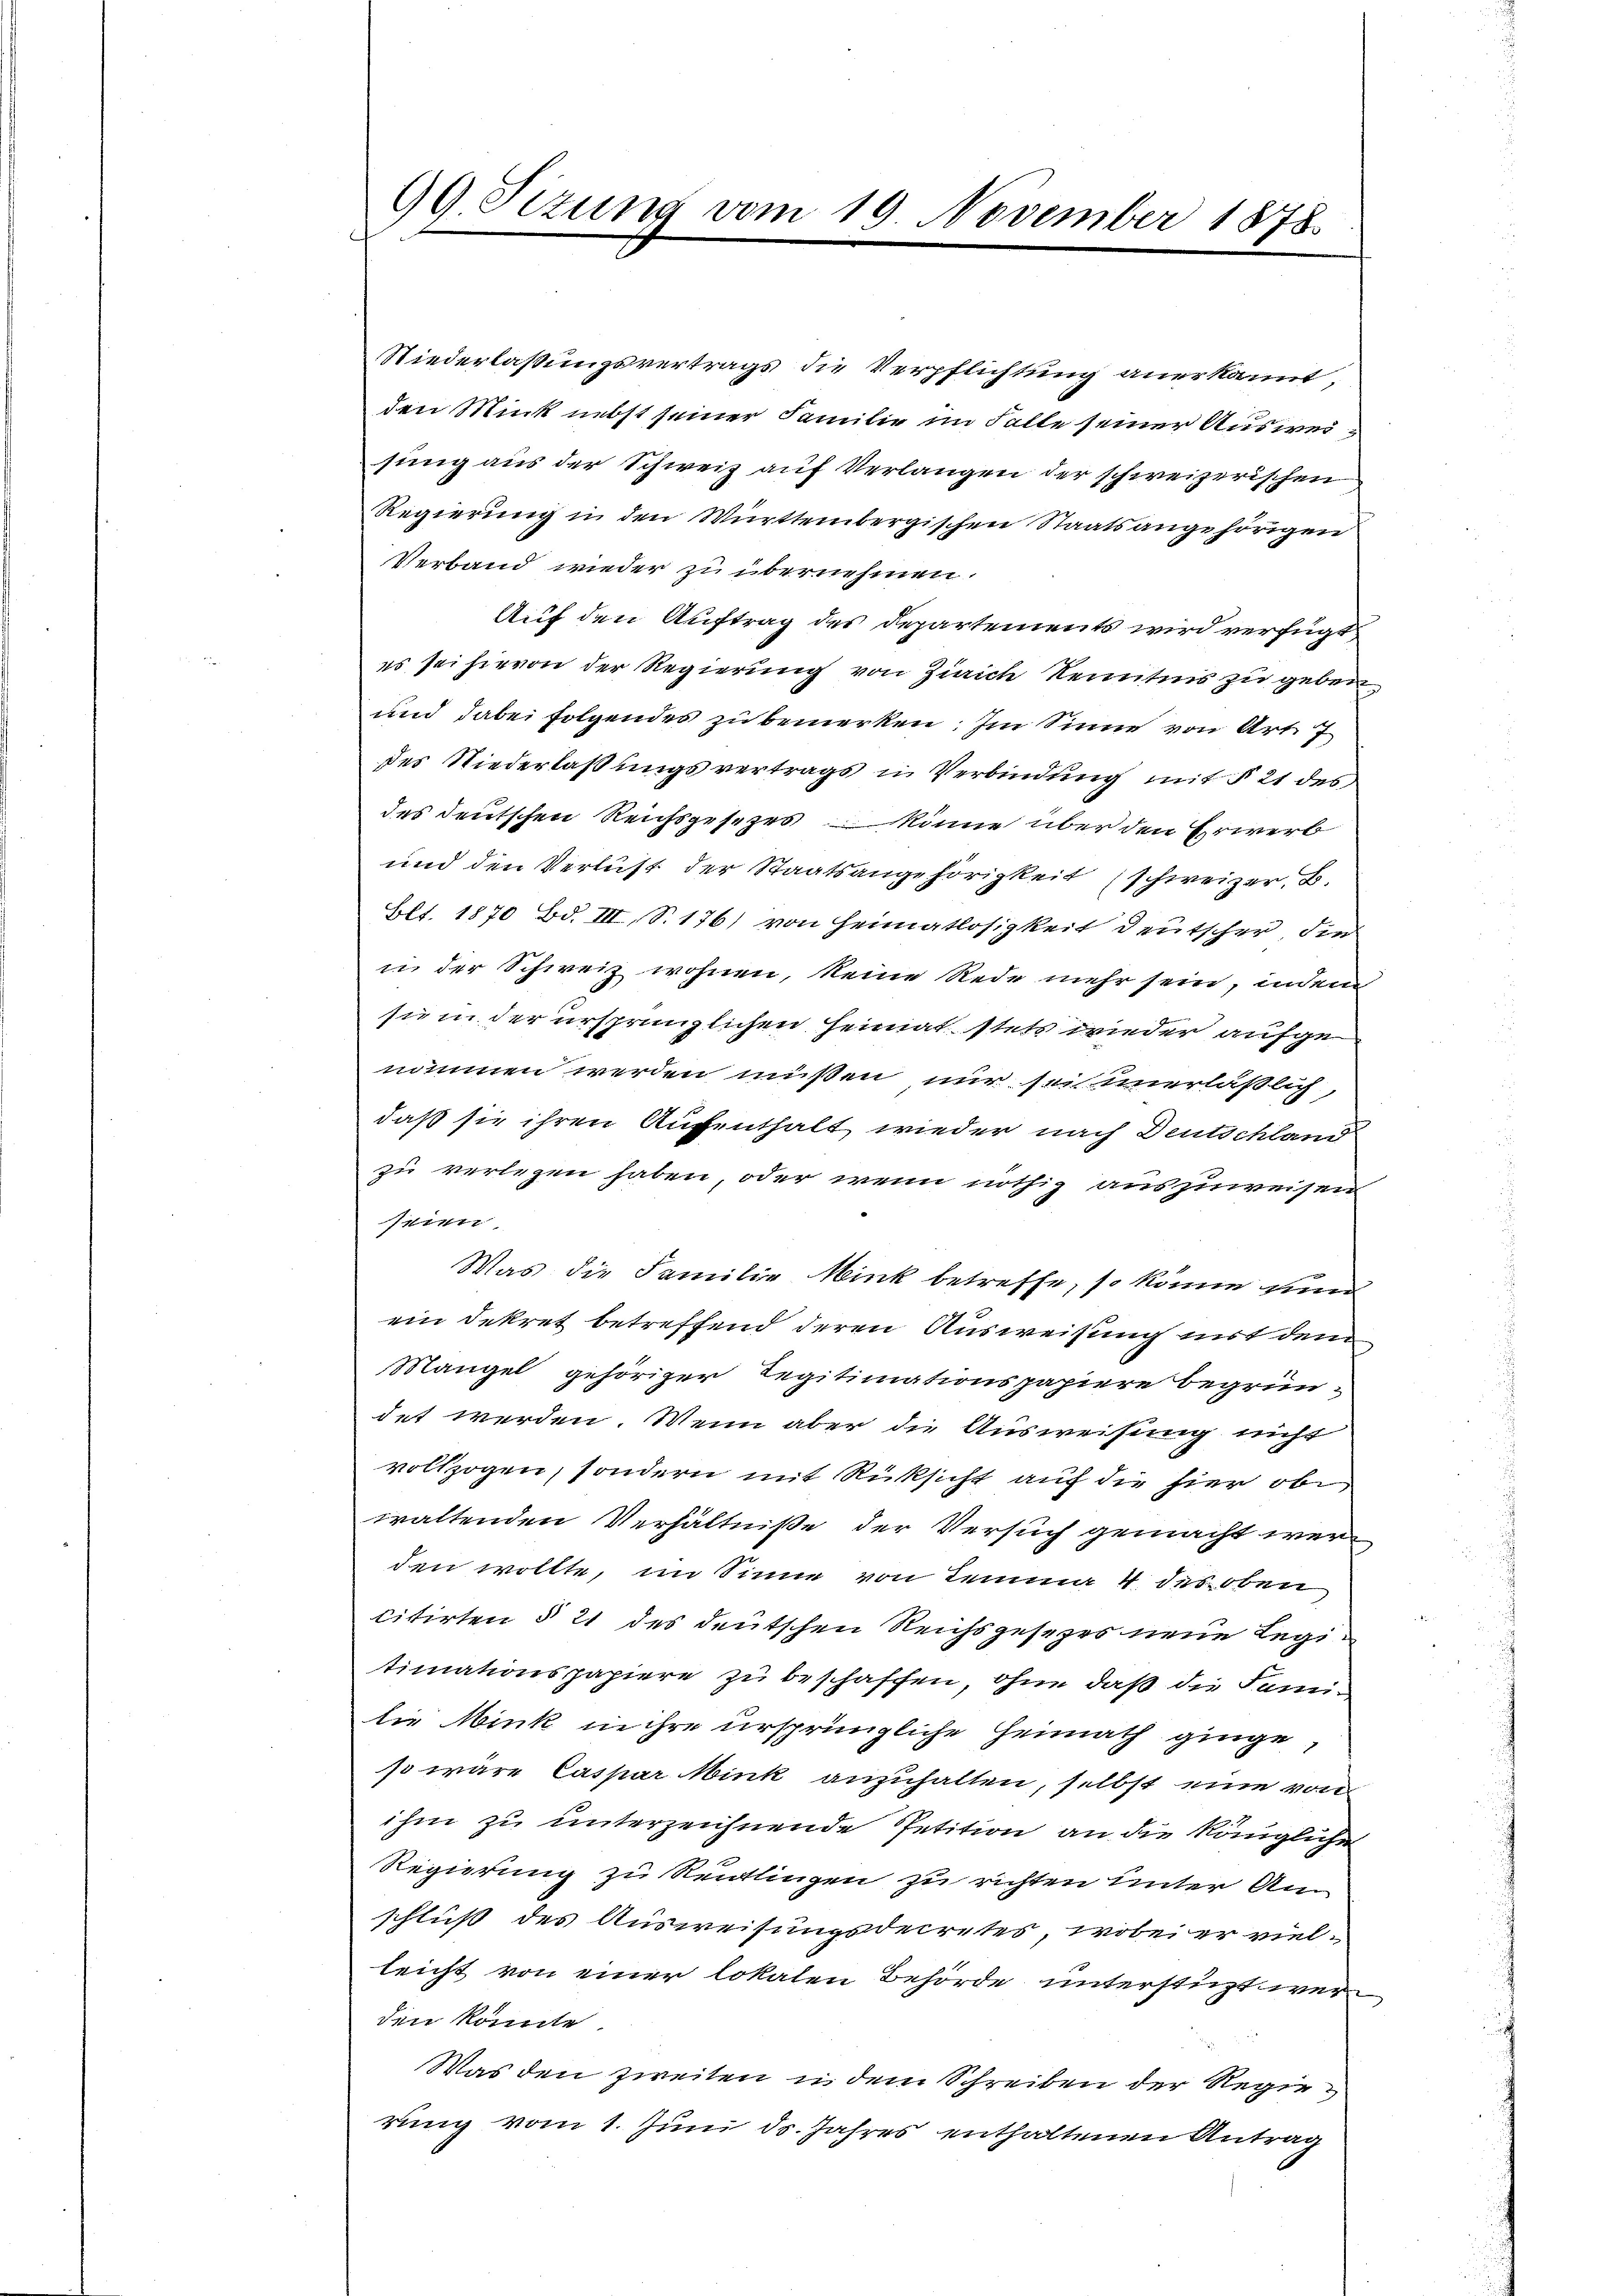
99 Sizung vom 19 November 1878.

Niederlaßungsvertrags die Verpflichtung anerkannt,
den Mink nebst seiner Familie im Falle seiner Ausweisung aus der Schweiz auf Verlangen der schweizerischen
Regierung in den Württembergischen Staatsangehörigen
Verband wieder zu übernehmen.
Auf den Auftrag des Departements wird verfügt
es sei hievon der Regierung von Zürich Kenntnis zu geben
und dabei folgendes zu bemerken. Im Sinne von Art. 7
des Niederlaßungsvertrags in Verbindung mit § 21 des
des deutschen Reichsgesezes könne über den Erwerb
und den Verlust der Staatsangehörigkeit (schweizer. B.
Blt. 1870 Bd. III, S. 176) von Heimatlosigkeit deutscher die
in der Schweiz wohnen, keine Rede mehr sein, indem
sie in der ursprünglichen Heimat stets wieder aufge
nommen werden müßen nur sei unerläßlich,
daß sie ihren Aufenthalt wieder nach Deutschland
zu verlegen haben, oder wenn nöthig auszuweisen
seien
Was die Familie Mink betreffe, so könne und
ein Dekret betreffend deren Ausweisung mit dem
Mangel gehöriger Regitimationspapiere begründet werden. Wenn aber die Ausweisung nicht
vollzogen, sondern mit Rücksicht auf die hier obe
waltenden Verhältniße der Versuch gemacht werden wollte, im Sinne von Lemma 4 des oben
citirten § 21 des deutschen Reichsgesetzes neue Legitimationspapiere zu beschaffen, ohne daß die Samidie Mink in ihre ursprüngliche Heimath ginge,
so wäre Caspar Mink anzuhalten, selbst eine von
ihm zu unterzeichnende Petition an die Königliche
Regierung zu Reitlingen zu richten unter Am
schluß des Ausweisungsdecretes, wobei er vielleicht von einer lokalen Behörde unterstüzt wer
den könnte.
Was den zweiten in dem Schreiben der Regierung vom 1. Juni ds. Jahres enthaltenen Antrag